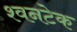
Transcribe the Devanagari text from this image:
श्वनटेक